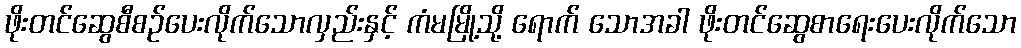
ဖိုးတင်ဆွေစီစဉ်ပေးလိုက်သောလှည်းနှင့် ကံမမြို့သို့ ရောက် သောအခါ ဖိုးတင်ဆွေစာရေးပေးလိုက်သော